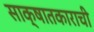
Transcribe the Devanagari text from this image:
साक्षातकाराची